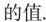
的值.